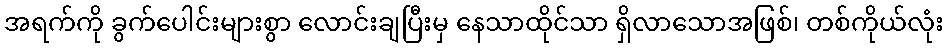
အရက်ကို ခွက်ပေါင်းများစွာ လောင်းချပြီးမှ နေသာထိုင်သာ ရှိလာသောအဖြစ်၊ တစ်ကိုယ်လုံး